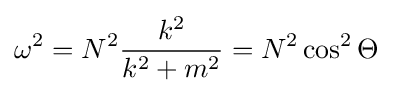
\omega ^{2}=N^{2}{\frac {k^{2}}{k^{2}+m^{2}}}=N^{2}\cos ^{2}\Theta